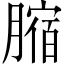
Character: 𦟱